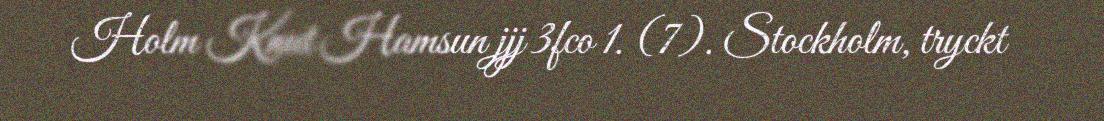
Holm Knut Hamsun jjj 3fco 1. (7). Stockholm, tryckt